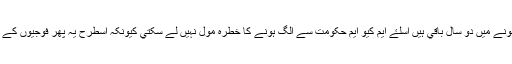
ابھي چونکہ اليکشں ہونے ميں دو سال باقي ہيں اسلۓ ايم کيو ايم حکومت سے الگ ہونے کا خطرہ مول نہيں لے سکتي کيونکہ اسطرح يہ پھر فوجيوں کے زيرِعتاب آجاۓ گي۔